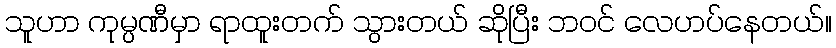
သူဟာ ကုမ္ပဏီမှာ ရာထူးတက် သွားတယ် ဆိုပြီး ဘဝင် လေဟပ်နေတယ်။